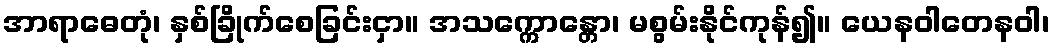
အာရာဓေတုံ၊ နှစ်ခြိုက်စေခြင်းငှာ။ အသက္ကောန္တော၊ မစွမ်းနိုင်ကုန်၍။ ယေနဝါတေနဝါ၊